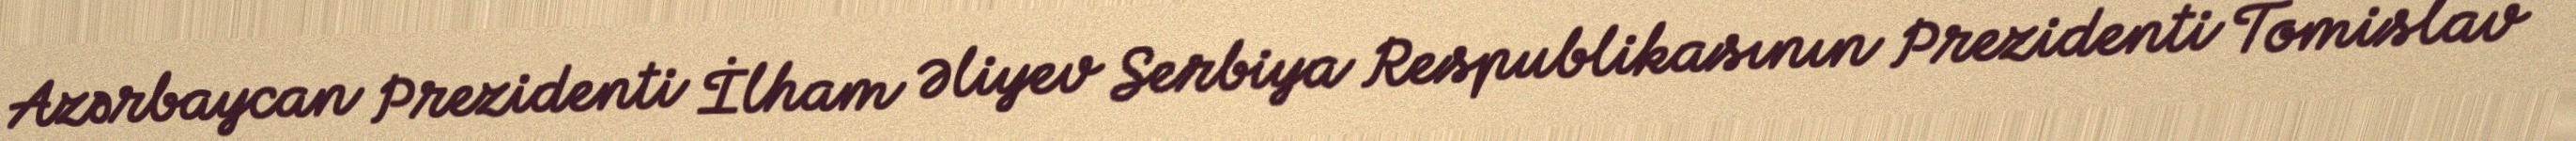
Azərbaycan Prezidenti İlham Əliyev Serbiya Respublikasının Prezidenti Tomislav